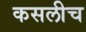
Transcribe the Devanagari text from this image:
कसलीच